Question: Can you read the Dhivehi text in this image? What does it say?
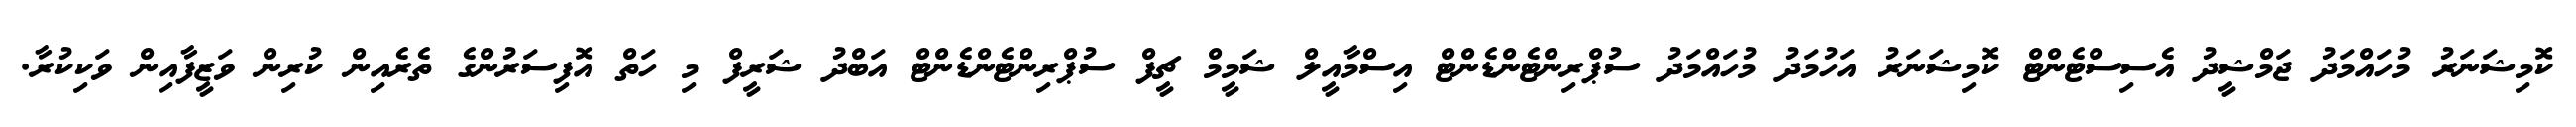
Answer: ކޮމިޝަނަރު މުހައްމަދު ޖަމްޝީދު އެސިސްޓެންޓް ކޮމިޝަނަރު އަހުމަދު މުހައްމަދު ސުޕްރިންޓެންޑެންޓް އިސްމާއީލް ޝަމީމް ޗީފް ސުޕްރިންޓެންޑެންޓް އަބްދު ޝަރީފް މި ހަތް އޮފިސަރުންގެ ތެރެއިން ކުރިން ވަޒީފާއިން ވަކިކުރާ.